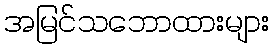
အမြင်သဘောထားများ